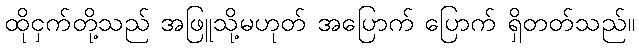
ထိုငှက်တို့သည် အဖြူသို့မဟုတ် အပြောက် ပြောက် ရှိတတ်သည်။